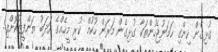
ގުޅިގެން ހިންގި ހަމަނުޖެހުންތަކާ ގުޅިގެން މަރަން ހުކުމް ކުރި މީހެއްގެ އަދަބު ތަންފީޒުކޮށްފި..